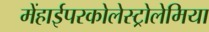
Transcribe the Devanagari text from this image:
मेंहाईपरकोलेस्ट्रोलेमिया